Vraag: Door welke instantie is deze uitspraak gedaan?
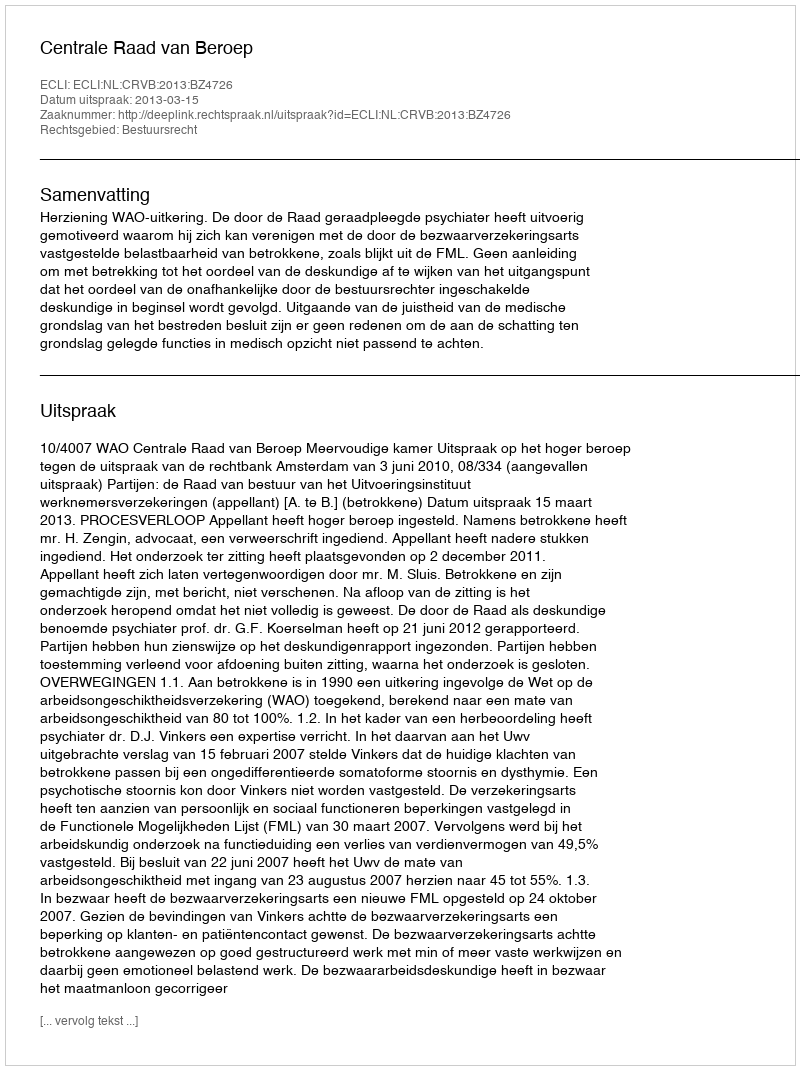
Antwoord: Centrale Raad van Beroep